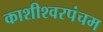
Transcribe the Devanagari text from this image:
काशीश्वरपंचम